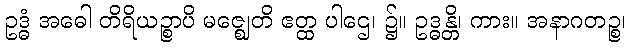
ဥဒ္ဓံ အဓေါ တိရိယဉ္စာပိ မဇ္ဈေတိ ဧတ္ထ ပါဌေ၊ ၌။ ဥဒ္ဓန္တိ၊ ကား။ အနာဂတဉ္စ၊